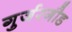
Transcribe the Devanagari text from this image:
गुर्जरगौड